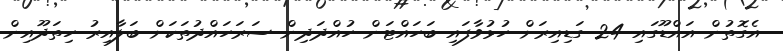
އެގޮތުން އައްޑޫގައި 24 ގަޑިއިރަށް ހުޅުވާފައި ބަހައްޓަން ހުއްދަދިން ސަރަހައްދުތަކަށް ބަލާއިރު ހިތަދޫއިން